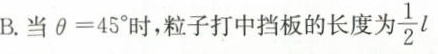
B.当 $$\theta = 4 5 °$$时，粒子打中挡板的长度为 \frac{1}{2}l